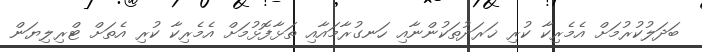
ބަދަލުކުރުމަށް އެމެރިކާ ކުރި ޚަރަދުތަކުންނާއި ހަނގުރާމައާއި ތަޅާފޮޅުމަށް އެމެރިކާ ކުރި އެތަށް ޓްރިލިޔަން